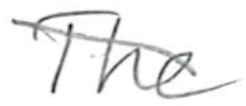
Text: The
Cross-out: diagonal
Writing tool: pencil